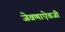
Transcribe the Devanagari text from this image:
जेवणाऐवजी